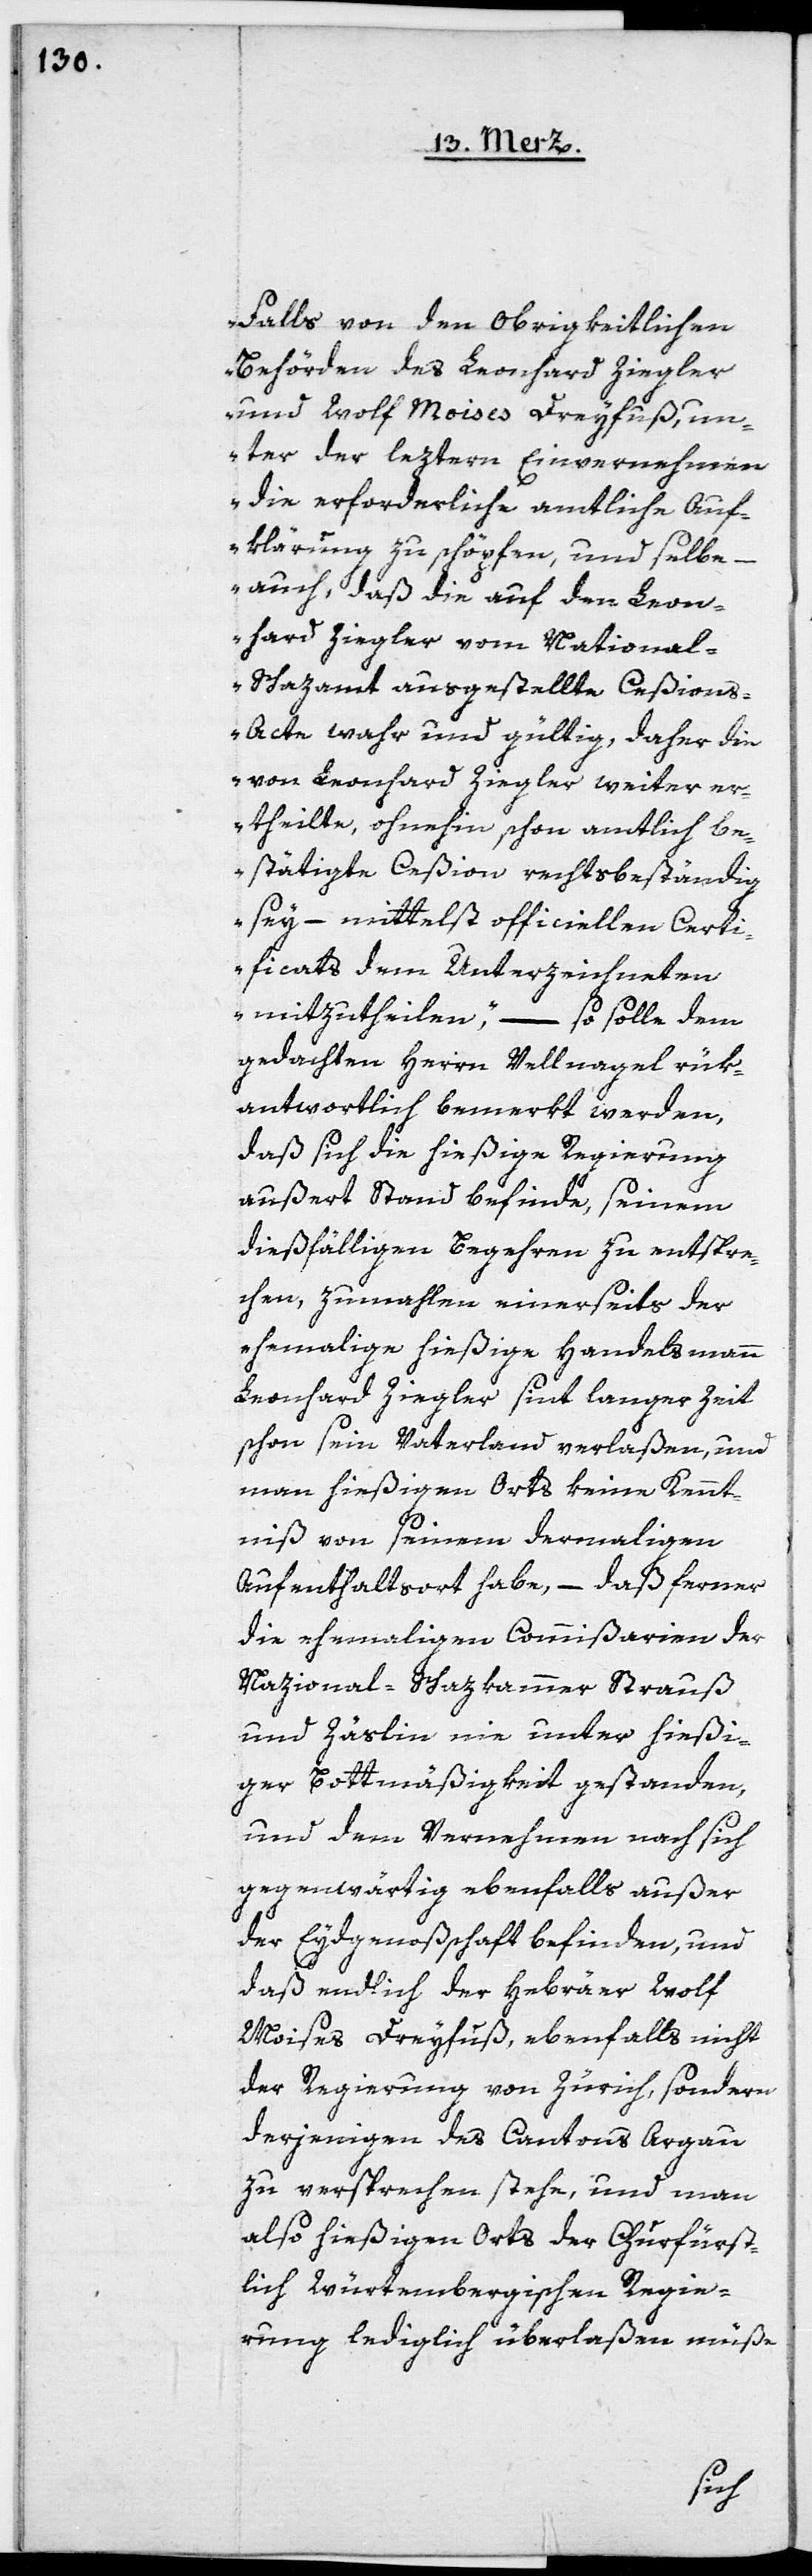
Falls von den obrigkeitlichen
Behörden des Leonhard Ziegler
und Wolf Moises Dreyfuß, un¬
ter der leztern Einvernehmen
die erforderliche amtliche Auf¬
klärung zu schöpfen, und selbe,
–
auch, daß die auf den Leon¬
hard Ziegler vom National-S¬
chazamt ausgestellte Ceßion¬
s-Acte wahr und gültig, daher die
von Leonhard Ziegler weiter er¬
theilte, ohnehin schon amtlich be¬
stätigte Ceßion rechtsbeständig
sey, – mittelst officiellen Certi¬
ficats dem Unterzeichneten
mitzutheilen“, – so solle dem
gedachten Herrn Vellnagel rük¬
antwortlich bemerkt werden,
daß sich die hießige Regierung
außert Stand befinde, seinem
dießfälligen Begehren zu entspre¬
chen, zumahlen einerseits der
ehemalige hießige Handelsmann
Leonhard Ziegler sint langer Zeit
schon sein Vaterland verlaßen, und
man hießigen Orts keine Kennt¬
niß von seinem dermaligen
Aufenthaltsort habe, – daß ferner
die ehemaligen Commißarien der
Nazional-Schazkammer Strauß
und Zäslin nie unter hießi¬
ger Bottmäßigkeit gestanden,
und dem Vernehmen nach sich
gegenwärtig ebenfalls außer
der Eydgenoßenschaft befinden, und
daß endlich der Hebräer Wolf
Moises Dreyfuß, ebenfalls nicht
der Regierung von Zürich, sondern
derjenigen des Cantons Argau
zu versprechen stehe, und man
also hießigen Orts der Churfürst¬
lich Würtembergischen Regie¬
rung lediglich überlaßen müße,
sich